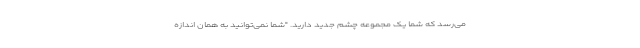
می‌رسد که شما یک مجموعه چشم جدید دارید. "شما نمی‌توانید به همان اندازه